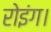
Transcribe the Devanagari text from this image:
रोइंग।